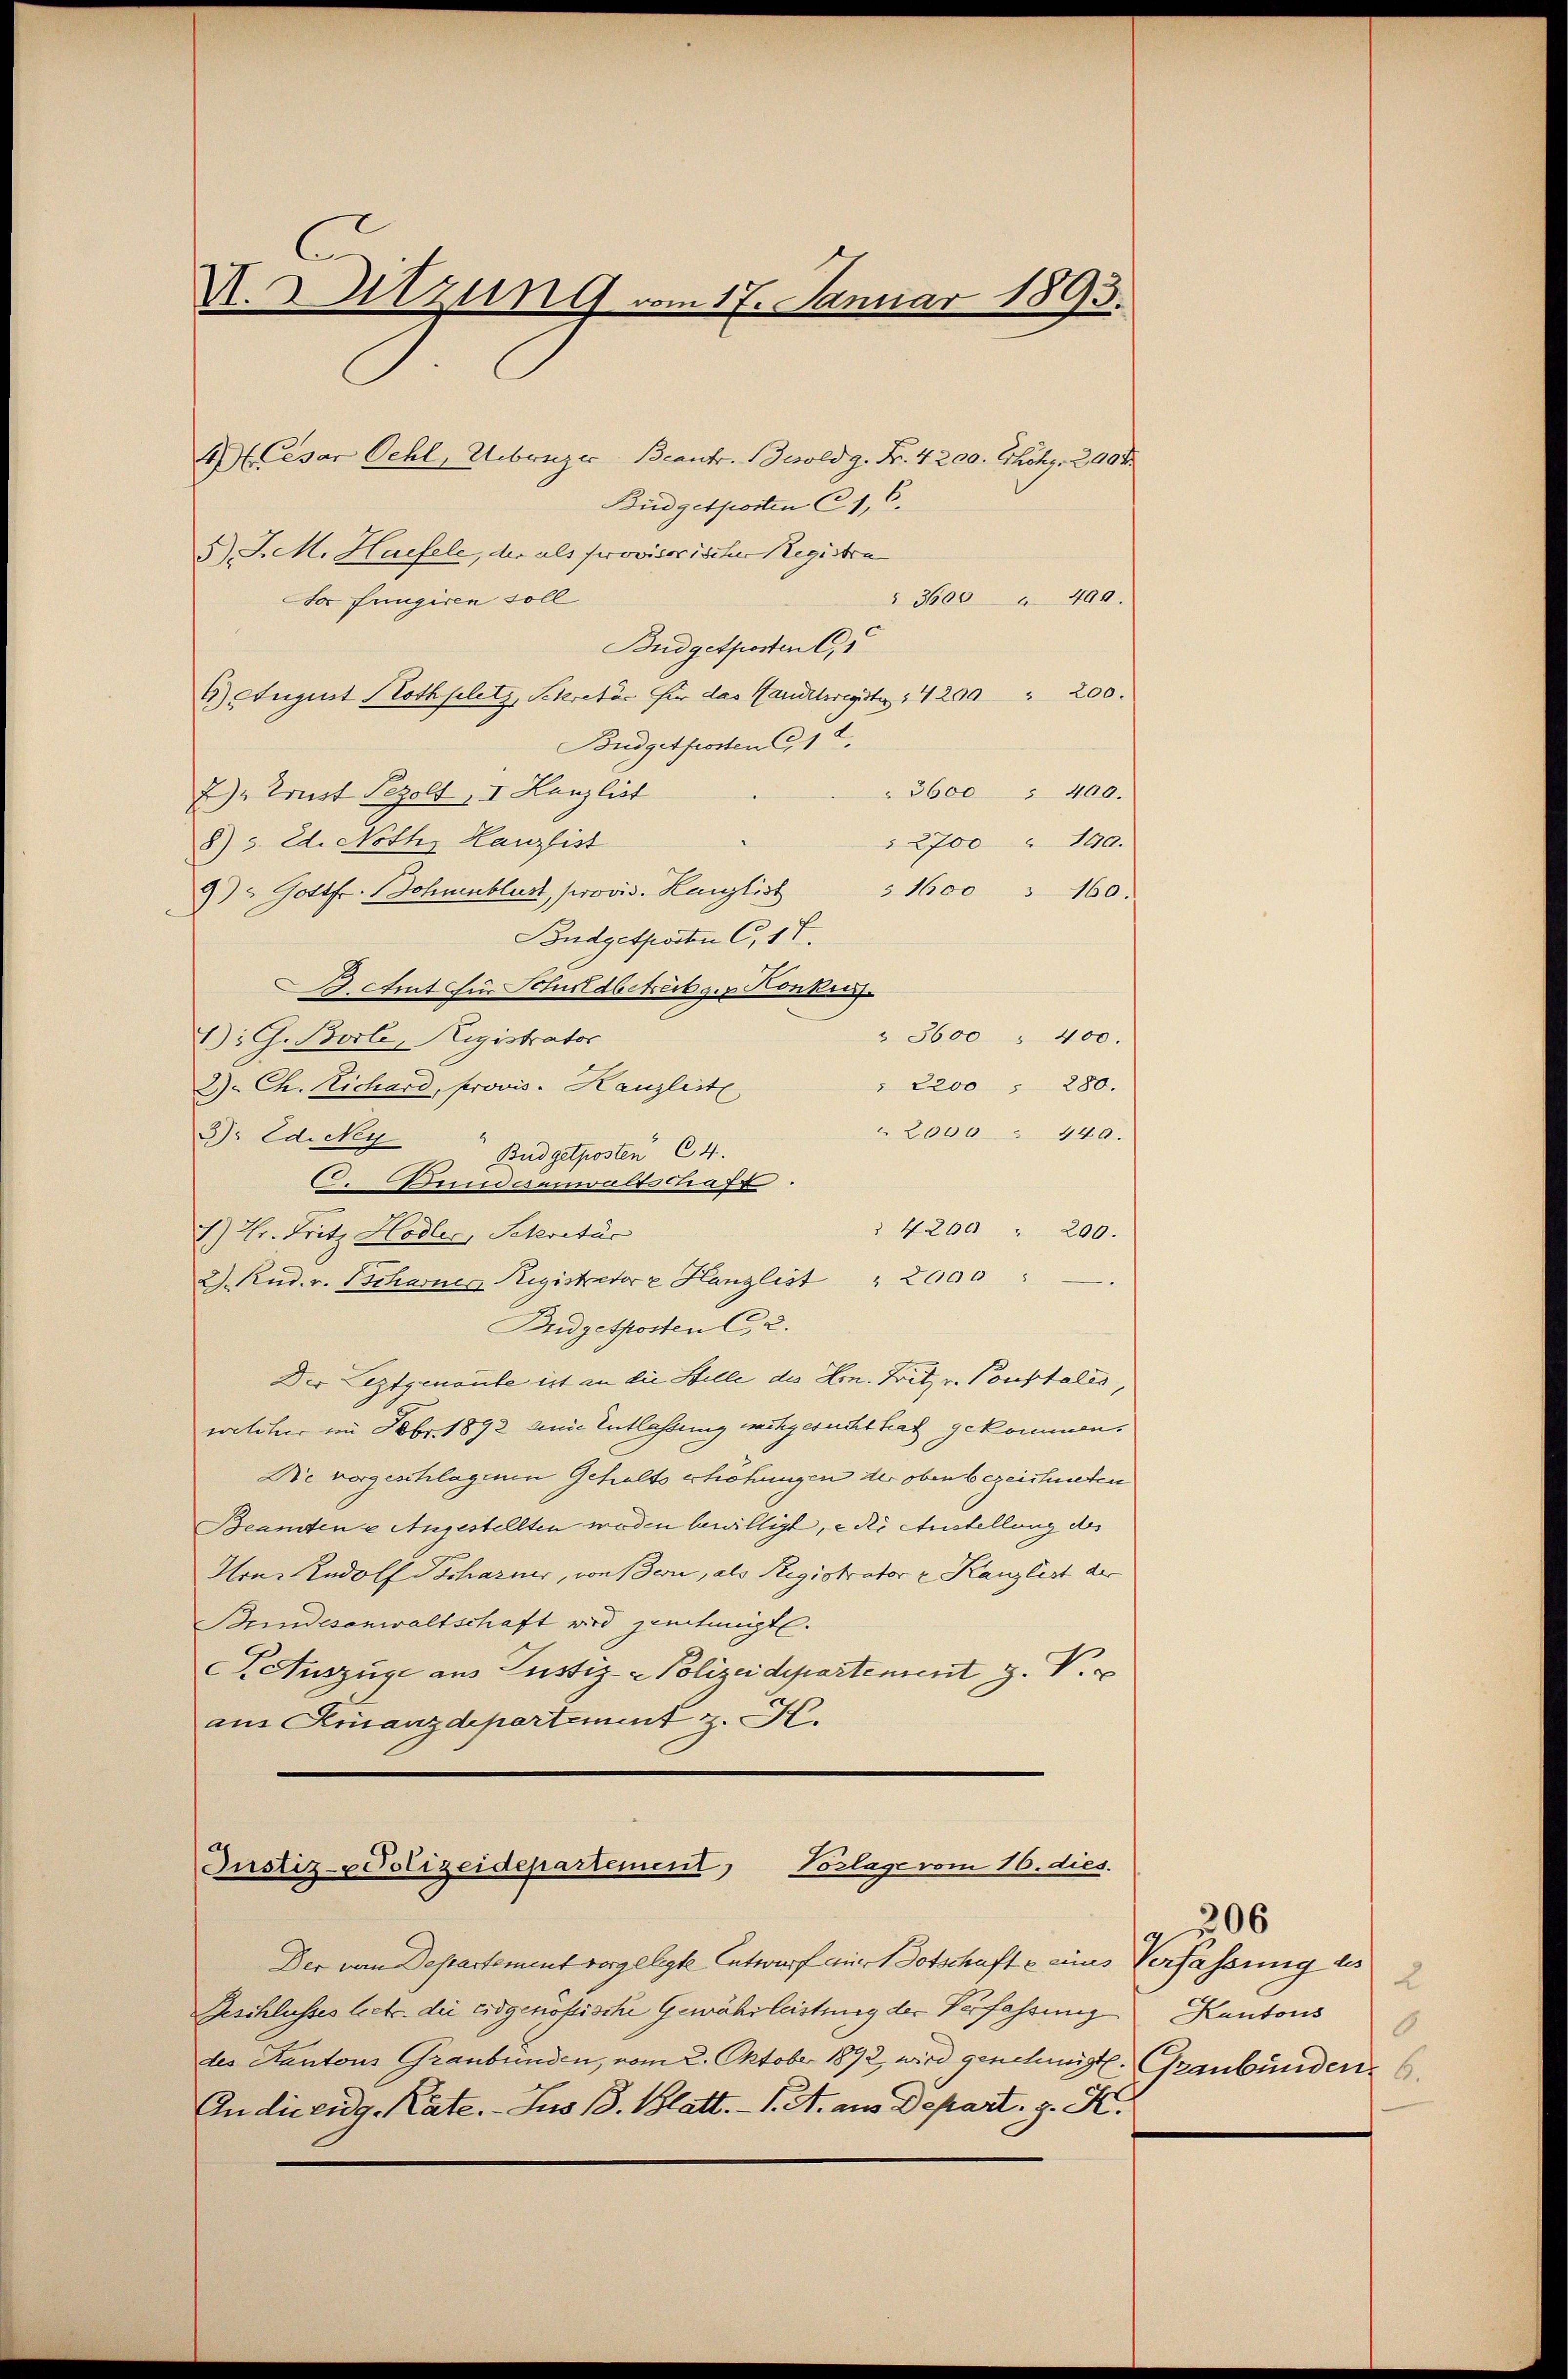
A. Sitzung vom 17. Januar 1893.

4. Cesar Oehl, Uebriger Beantr. Besold g. Nr. 4200. Chohy. 2900
Büdgetporten C. 6.
5) J. M. Haefele, der als provisorischen Registra
" 3600 " 400.
Budgetposten C
6) August Rothplatz, Sekretär für das Handelsregisten 1 4200    "      200.
Budgetposten 12.
" 3600 " 400.
2) Ernst Pezolt, I. Lanzlist
2700 " 190.
8) u. Ed. Noth, Kanzlist
9) " Gottfr. Bohnenblust, provis. Kanzlist
§ 1600 " 160.
Budgetposten C, 17.
B. Amt für Schuldbekekger Konkus.
" 3600 " 400.
1): G. Borli, Registrator
" 2200, 280.
2) Ch. Richard, provis. Kanzlist
2000 " 440.
3). Ed. Neg
Budgetposten 64.
. Bundesanwaltschaft.
 4200 " 200.
1) Hr. Fritz Hodler, Sekretär
2). Rud. v. Tscharner Registrator u Hanzlist " 2000 "
Bridgetposten (2.
Der Leztgenannte ist an die Stelle des Hrn. Fritz v. Pouptalis,
evelitur im Febr. 1892 inne Entlassung nachgesucht trag gekommen,
Die vorgeschlagenen Gehalts erhöhungen der oben bezeichneten
Beamtene Angestellten worden bewilligt, er Austellung des
Hrn. Rudolf Tscharner, von Bern, als Registrator v. Kanzlist der
Bundesanwaltschaft wird jetmigt.
P Auszüge aus Justiz- & Polizeidepartement J. V.
aus Finanzdepartement z. K.

o frugiren soll

Vorlage vom 16. dies.
Justiz- & Polizeidepartement,

Der von Departement vorgelegte Entwurf auch Dotschafte eines Verfassung des
Geschlusses betr. die Eidgenößische Gewährleistung der Verfassung
des Kantons Graubünden, vom 2. Oktober 1892, wird genehmigt. Graubünden
In die eidg. Kate. - Jus 13. Blatt. - 1. A. aus Depart, z. K.

Kantons
6

206